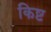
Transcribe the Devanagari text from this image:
किष्ट